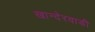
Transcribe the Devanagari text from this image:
खान्देरवाडी